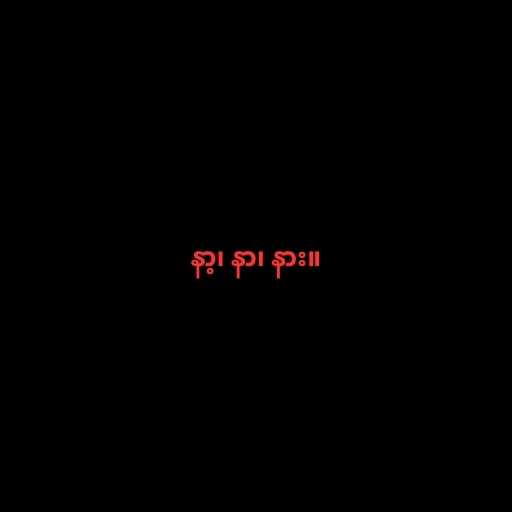
နာ့၊ နာ၊ နား။